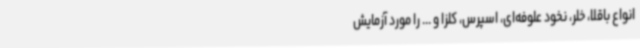
انواع باقلا، خلر، نخود علوفه‌ای، اسپرس، کلزا و ... را مورد آزمایش